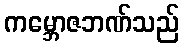
ကမ္ဘောဇဘဏ်သည်